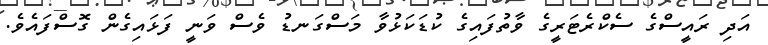
އަދި ރައީސްގެ ސެކްރެޓަރީގެ ވާތުފައިގެ ކުޑަކަޅުވާ މަސްގަނޑު ވެސް ވަނީ ފަޅައިގެން ގޮސްފައެވެ.